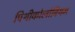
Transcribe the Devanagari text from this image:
पिथीकोलोबियम